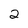
Character: 2